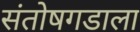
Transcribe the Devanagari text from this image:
संतोषगडाला